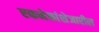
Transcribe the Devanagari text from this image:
एकमेकांशेजारील